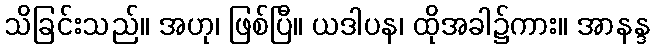
သိခြင်းသည်။ အဟု၊ ဖြစ်ပြီ။ ယဒါပန၊ ထိုအခါ၌ကား။ အာနန္ဒ